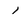
Character: 1